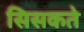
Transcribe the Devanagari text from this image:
सिसकते